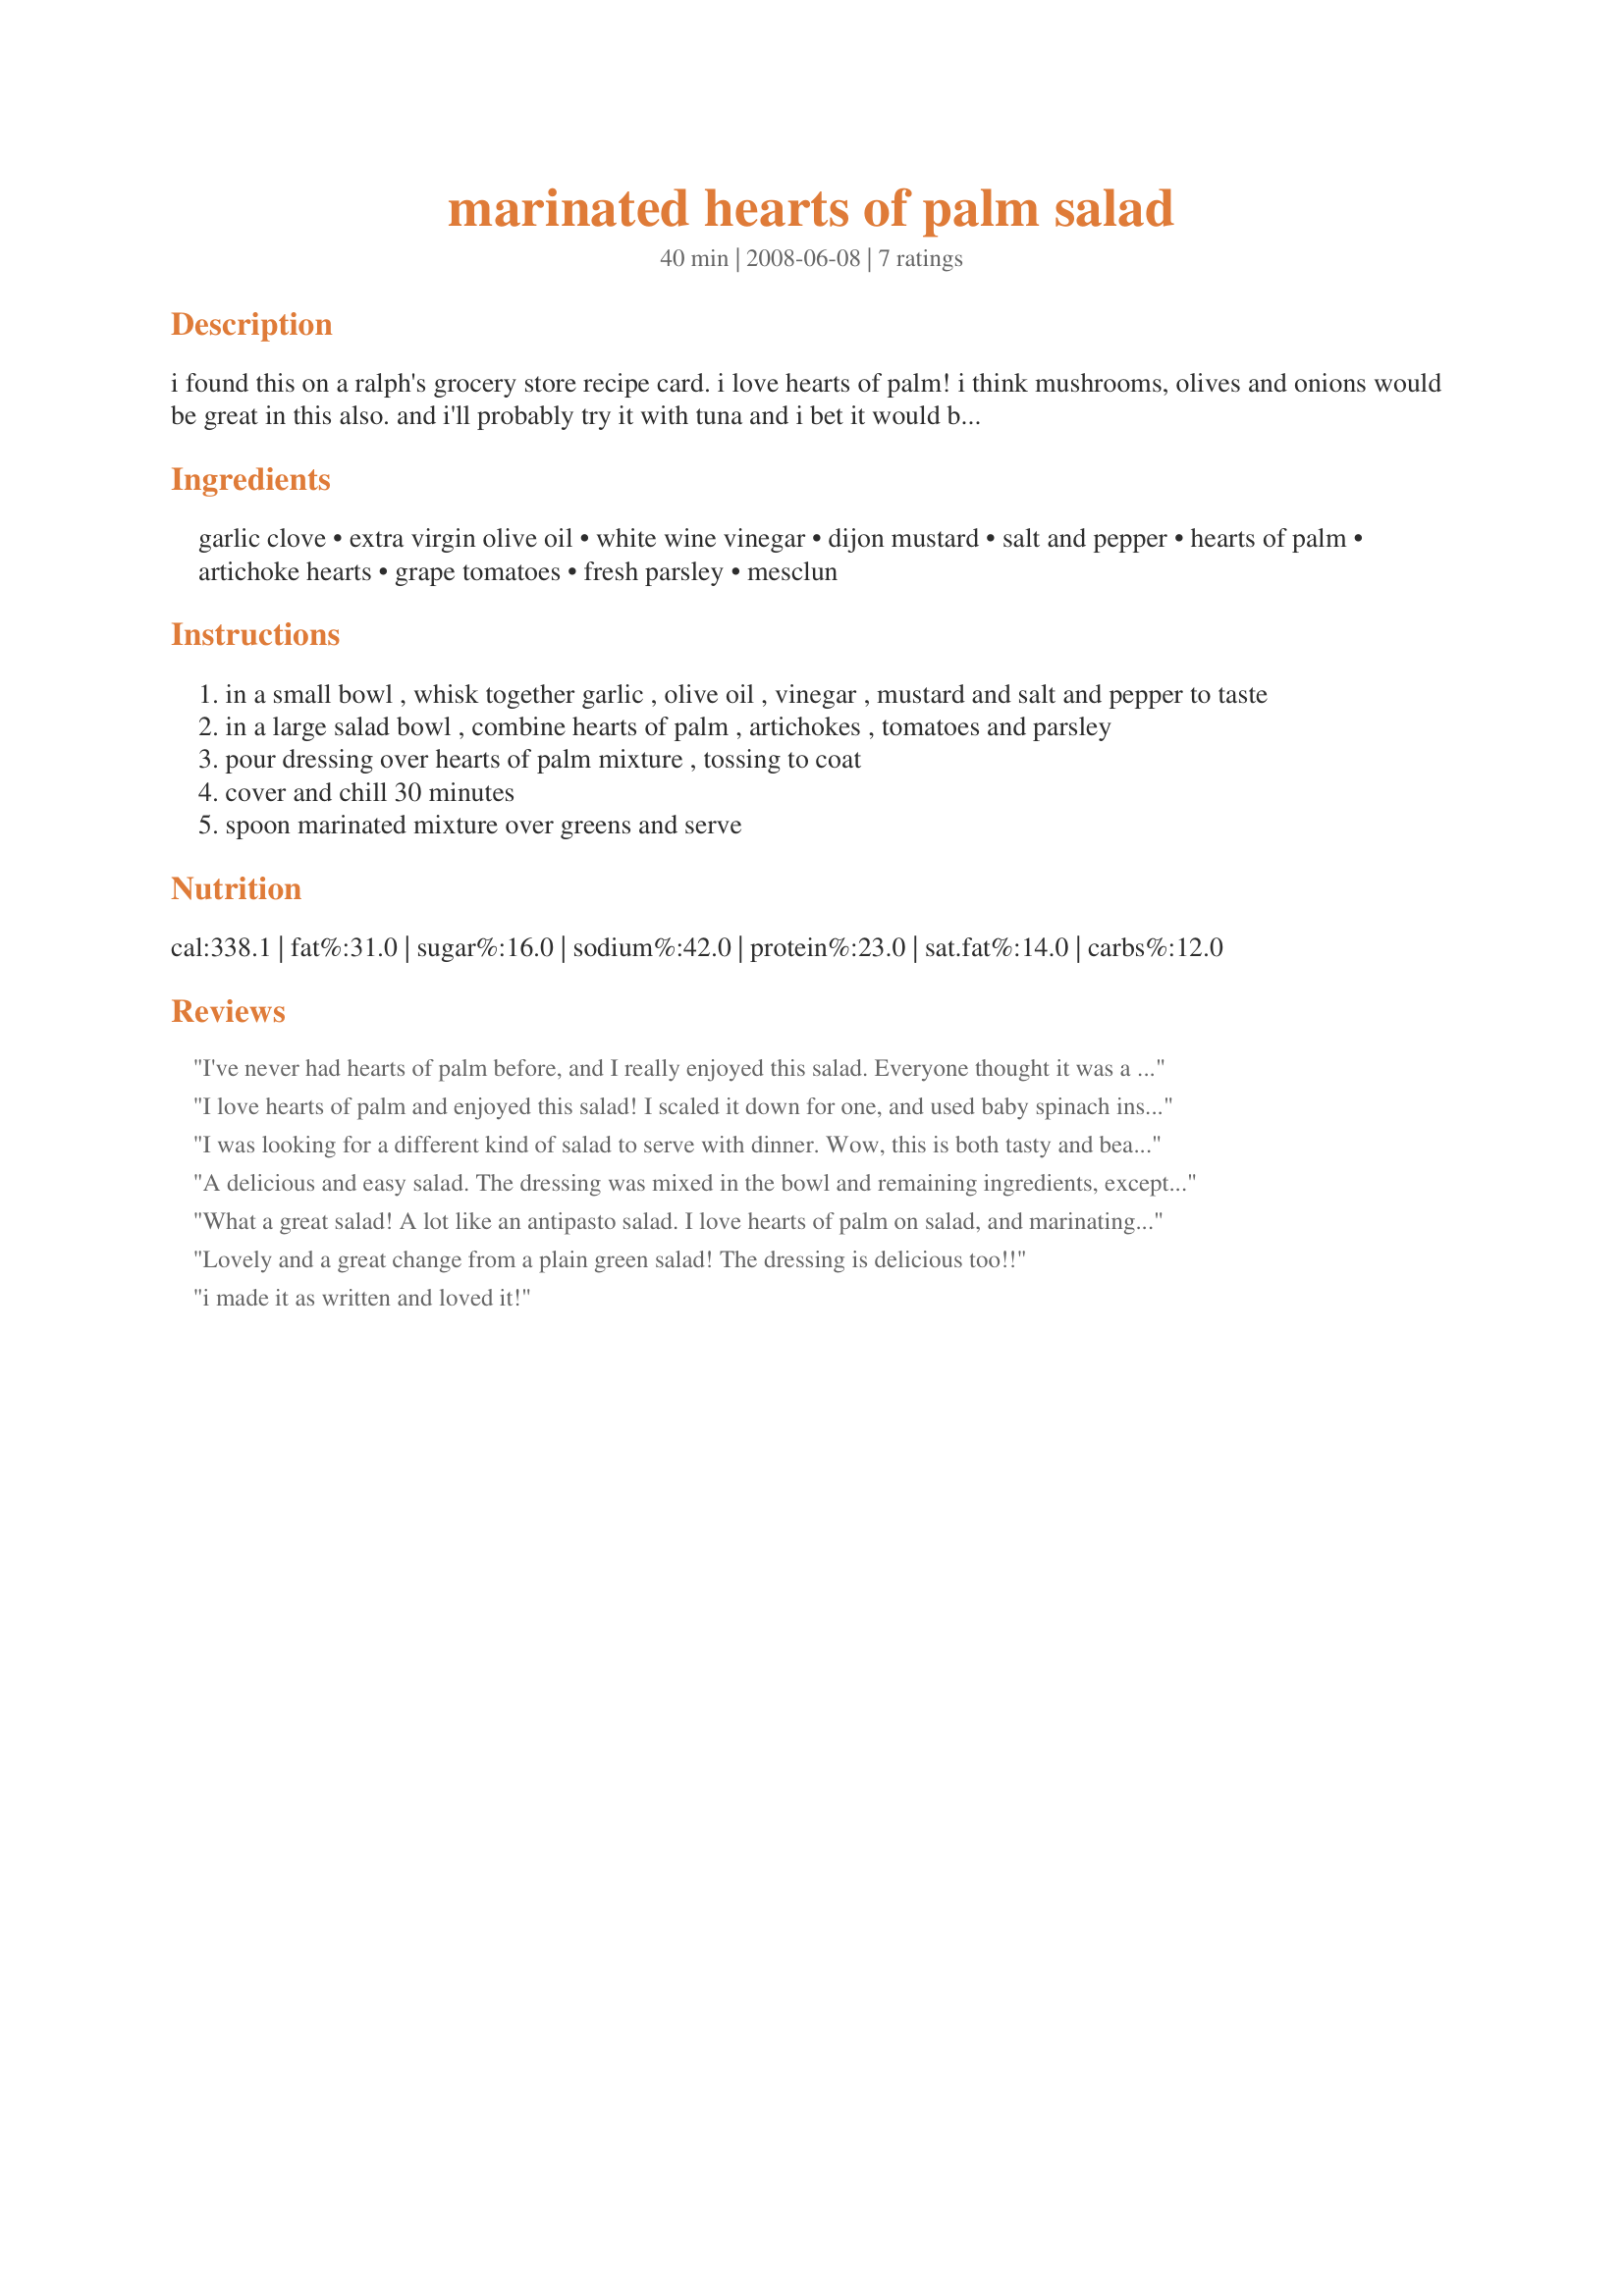
marinated hearts of palm salad
Preparation time: 40 minutes

i found this on a ralph's grocery store recipe card. i love hearts of palm! i think mushrooms, olives and onions would be great in this also. and i'll probably try it with tuna and i bet it would be good with salami too! oooh...and i'll be topping mine with feta. yum!

Ingredients:
garlic clove, extra virgin olive oil, white wine vinegar, dijon mustard, salt and pepper, hearts of palm, artichoke hearts, grape tomatoes, fresh parsley, mesclun

Steps:
in a small bowl , whisk together garlic , olive oil , vinegar , mustard and salt and pepper to taste
in a large salad bowl , combine hearts of palm , artichokes , tomatoes and parsley
pour dressing over hearts of palm mixture , tossing to coat
cover and chill 30 minutes
spoon marinated mixture over greens and serve

Reviews:
I've never had hearts of palm before, and I really enjoyed this salad. Everyone thought it was a great combo of flavors, thanks. Made this for ZWT4 for the Chic Chefs.
I love hearts of palm and enjoyed this salad! I scaled it down for one, and used baby spinach instead of mesclun. Thanks!
I was looking for a different kind of salad to serve with dinner. Wow, this is both tasty and beautiful salad. Considering all the ingredients are on my list of favorites, this makes it a real winner!
A delicious and easy salad. The dressing was mixed in the bowl and remaining ingredients, except mesclun, were added. Made for *ZWT 2008*
What a great salad! A lot like an antipasto salad. I love hearts of palm on salad, and marinating them is a great way to inject flavor. I used Italian parsley, only half the dressing, and less artichokes. I also subbed balsamic vinegar and arugula, and added a little bit of basil and proscuitto. This makes 4 huge (and delicious) salads!
Lovely and a great change from a plain green salad! The dressing is delicious too!!
i made it as written and loved it!
